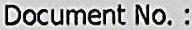
DOCUMENT NO.: